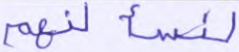
لنسألنهم